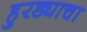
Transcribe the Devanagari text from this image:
हुरड्याचा